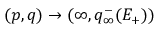
( p , q ) \to ( \infty , q _ { \infty } ^ { - } ( E _ { + } ) )